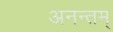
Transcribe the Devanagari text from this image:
अनन्तम्